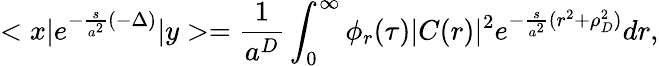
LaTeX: <x|e^{-\frac{s}{a^{2}}(-\Delta)}|y>=\frac{1}{a^{D}}\int_{0}^{\infty}\phi_{r}(\tau)|C(r)|^{2}e^{-\frac{s}{a^{2}}(r^{2}+\rho_{D}^{2})}dr,